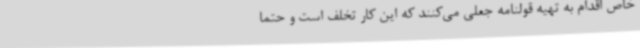
خاص اقدام به تهیه قولنامه جعلی می‌کنند که این کار تخلف است و حتما